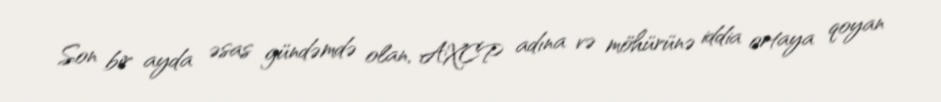
Son bir ayda əsas gündəmdə olan, AXCP adına və möhürünə iddia ortaya qoyan